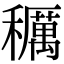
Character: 𥣭